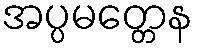
အပ္ပမတ္တေန